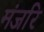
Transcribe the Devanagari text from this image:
मंजरि